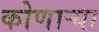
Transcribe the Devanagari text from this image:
कोणार्‍या